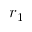
r _ { 1 }